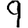
Digit: 9